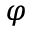
\varphi